Code of medical and sanitary regulations for the guidance of medical officers serving in the Madras Presidency - Volume I
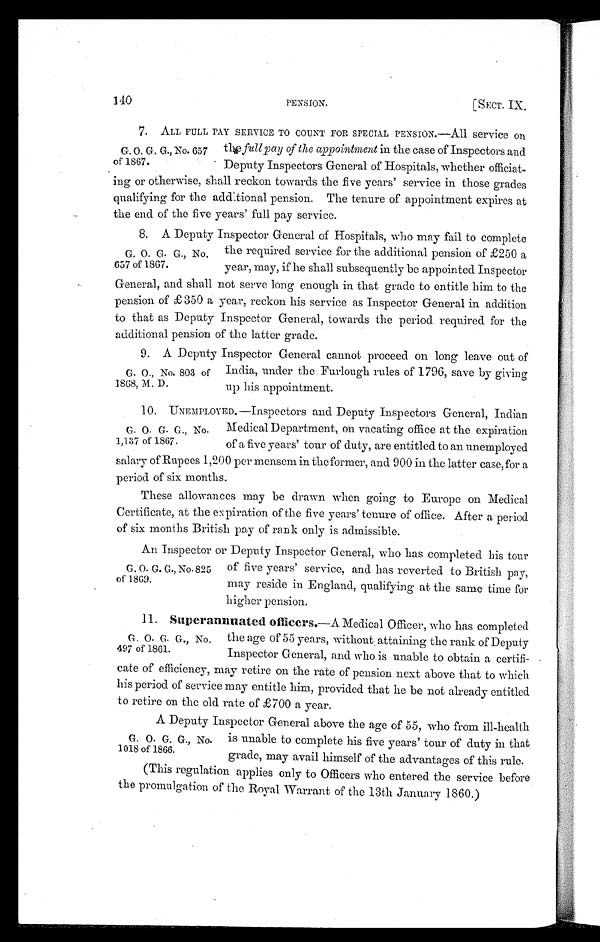
140
PENSION.. [SECT. IX.
7. ALL FULL PAY SERVICE TO COUNT FOR SPECIAL PENSION.—All service on
the full pay of the appointment in the case of Inspectors and
Deputy Inspectors General of Hospitals, whether officiat-
ing or otherwise, shall reckon towards the five years' service in those grades
qualifying for the additional pension. The tenure of appointment expires at
the end of the five years' full pay service.
8. A Deputy Inspector General of Hospitals, who may fail to complete
the required service for the additional pension of £250 a
year, may, if he shall subsequently be appointed Inspector
General, and shall not serve long enough in that grade to entitle him to the
pension of £350 a year, reckon his service as Inspector General in addition
to that as Deputy Inspector General, towards the period required for the
additional pension of the latter grade.
9. A Deputy Inspector General cannot proceed on long leave out of
India, under the .Furlough rules of 1796, save by giving
up his appointment.
10. UNEMPLOYED.—Inspectors and Deputy Inspectors General, Indian
Medical Department, on vacating office at the expiration
of a five years' tour of duty, are entitled to an unemployed
salary of Rupees 1,200 per mensem in the former, and 900 in the latter case, for a
period of six months.
These allowances may be drawn when going to Europe on Medical
Certificate, at the expiration of the five years' tenure of office. After a period
of six months British pay of rank only is admissible.
An Inspector or Deputy Inspector General, who has completed his tour
of five years' service, and has reverted to British pay,
may reside in England, qualifying at the same time for
iigher pension.
11. Superannuated officers.—A Medical Officer, who has completed
the age of 55 years, without attaining the rank of Deputy
Inspector General, and who is unable to obtain a certifi-
cate of efficiency, may retire on the rate of pension next above that to which
his period of service may entitle him, provided that lie be not already entitled
to retire on the old rate of £700 a year.
A Deputy Inspector General above the age of 55, who from ill-health
is unable to complete his five years' tour of duty in that
grade, may avail himself of the advantages of this rule.
(This regulation applies only to Officers who entered the service before
the promulgation of the Royal Warrant of the 13th January 1860.)
C. O. G. G., No. 657
of 1867.
G. O. G. G., No.
657 of 1867.
G. O., No. 803 of
1868, M. D.
G. O. G. G., No.
1,137 of 1867.
G. O. G. G., No. 825
of 1869.
G. O. G. G., No.
497 of 1861.
G. O. G. G., No.
1018 of 1866.